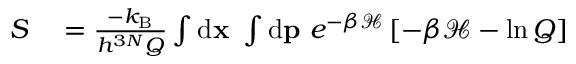
\begin{array} { r l } { S } & { { } = \frac { - \ensuremath { k _ { \mathrm { B } } } } { h ^ { 3 N } Q } \int \ensuremath { \mathrm { d } } \ensuremath { \mathbf { x } } \ \int \ensuremath { \mathrm { d } } \ensuremath { \mathbf { p } } \ e ^ { - \beta \mathcal { H } } \left[ - \beta \mathcal { H } - \ln Q \right] } \end{array}